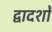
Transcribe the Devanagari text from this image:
द्वादशों